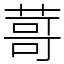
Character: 䔅